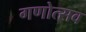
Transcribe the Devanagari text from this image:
गणोत्सव